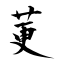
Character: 莄